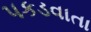
પકડવાતા